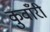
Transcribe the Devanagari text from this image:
कुवाँरी